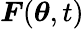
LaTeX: \boldsymbol{F}(\boldsymbol\theta,t)